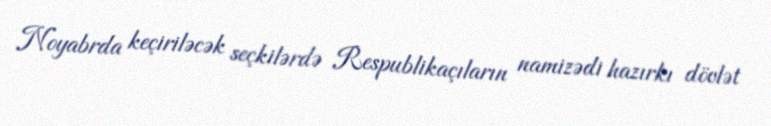
Noyabrda keçiriləcək seçkilərdə Respublikaçıların namizədi hazırkı dövlət